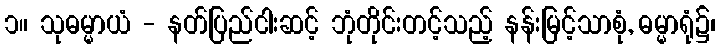
၁။ သုဓမ္မာယံ - နတ်ပြည်ငါးဆင့် ဘုံတိုင်းတင့်သည့် နန်းမြင့်သာစုံ, ဓမ္မာရုံ၌၊